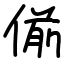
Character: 偂